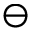
\ominus